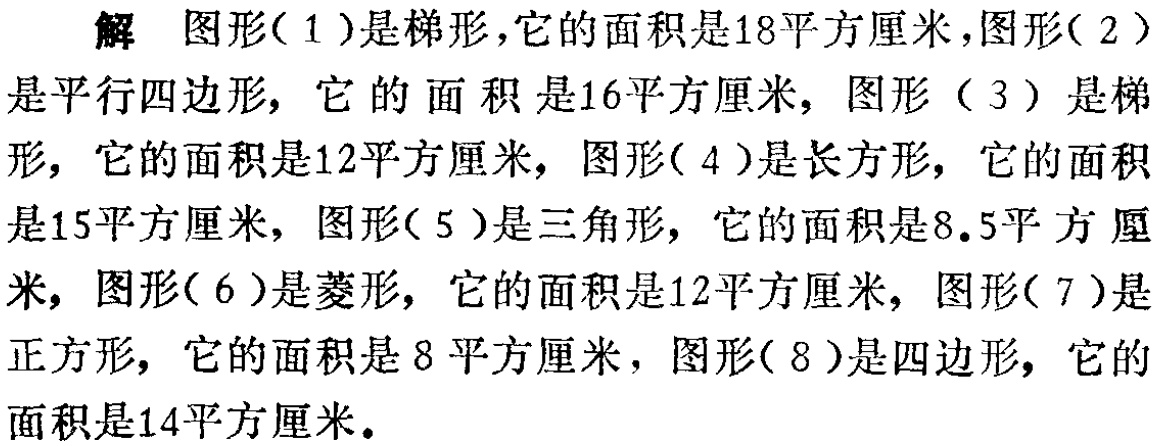
解 图形(1)是梯形,它的面积是18平方厘米,图形(2)是平行四边形, 它的面积是16平方厘米, 图形（3）是梯形, 它的面积是12平方厘米, 图形(4)是长方形, 它的面积是15平方厘米, 图形(5)是三角形, 它的面积是8.5平方厘米, 图形(6)是菱形, 它的面积是12平方厘米, 图形(7)是正方形, 它的面积是8平方厘米, 图形(8)是四边形, 它的面积是14平方厘米.